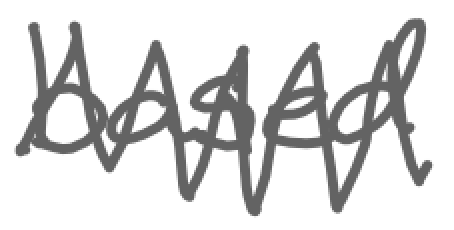
Text: based
Cross-out: zig-zag
Writing tool: digital_gray